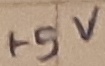
Text: +5V